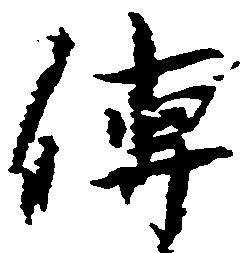
伝